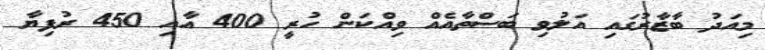
މިއަދު ބާޒާރުގައި އަލުވި ބަސްތާއެއް ވިއްކަން ހުރީ 400 އާއި 450 ރުފިޔާ